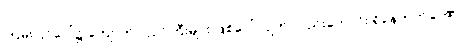
ကြမ်းပြင်ပေါ်၌ ကျောက်ပလ္လင်ကြီးများ ဖြစ်ပေါ်လျက် လည်းကောင်း ရှိနေတတ်ပေ၏။